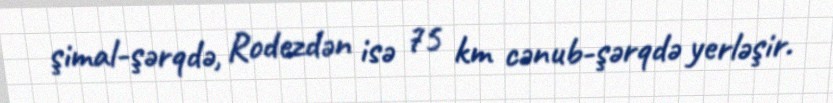
şimal-şərqdə, Rodezdən isə 75 km cənub-şərqdə yerləşir.